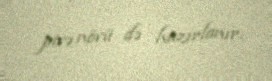
pivə növü də hazırlanır.